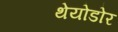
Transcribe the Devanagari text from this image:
थेयोडोर